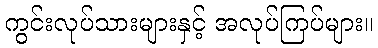
ကွင်းလုပ်သားများနှင့် အလုပ်ကြပ်များ။